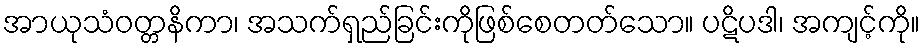
အာယုသံဝတ္တနိကာ၊ အသက်ရှည်ခြင်းကိုဖြစ်စေတတ်သော။ ပဋိပဒါ၊ အကျင့်ကို။